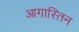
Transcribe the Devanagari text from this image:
आगास्तिन